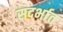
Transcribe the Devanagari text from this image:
सदर्भात